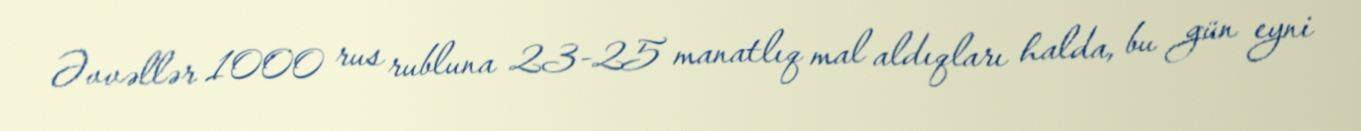
Əvvəllər 1000 rus rubluna 23-25 manatlıq mal aldıqları halda, bu gün eyni